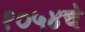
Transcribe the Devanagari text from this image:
१०५४चे